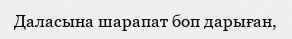
Даласына шарапат боп дарыған,